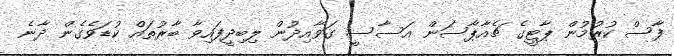
ފާސް ކުރުމުން ޕާޓީގެ ޗެއާޕާސަން އަސާސީ ގަވާއިދުން ލިބިދީފައިވާ ބާރުތައް ކުޑަވެގެން ދާނެ